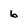
Character: b